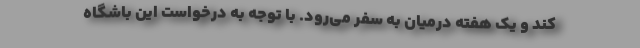
کند و یک هفته درمیان به سفر می‌رود. با توجه به درخواست این باشگاه